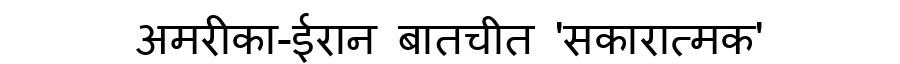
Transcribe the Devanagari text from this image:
अमरीका-ईरान बातचीत 'सकारात्मक'